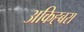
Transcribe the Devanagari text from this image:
अकिह्बरा